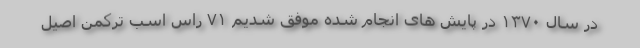
در سال ۱۳۷۰ در پایش های انجام شده موفق شدیم ۷۱ راس اسب ترکمن اصیل